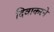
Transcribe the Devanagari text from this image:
दिवाकरने